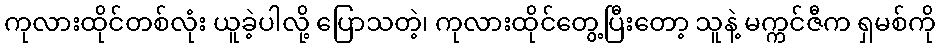
ကုလားထိုင်တစ်လုံး ယူခဲ့ပါလို့ ပြောသတဲ့၊ ကုလားထိုင်တွေ့ပြီးတော့ သူနဲ့ မက္ကင်ဇီက ရှမစ်ကို